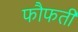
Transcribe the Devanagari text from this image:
फौफती